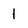
Character: 1